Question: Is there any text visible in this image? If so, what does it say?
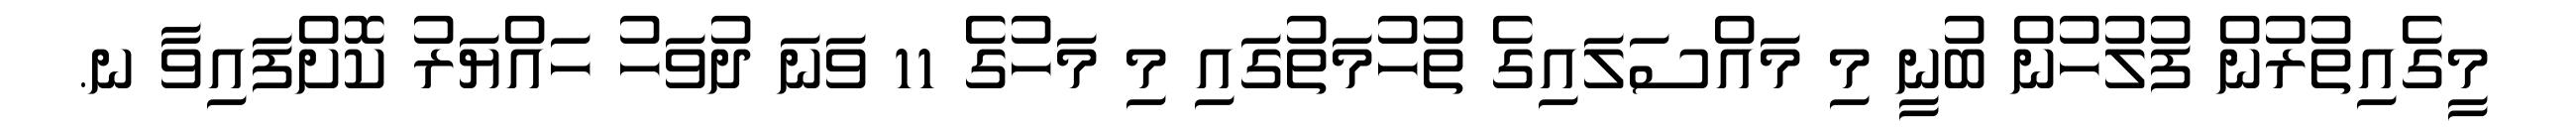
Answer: މީގެއިތުރުން ފުލުހުން ބުނީ މި މައްސަލައިގެ ތުހުމަތުގައި މި މަހުގެ 11 ވަނަ ދުވަހު ހައްޔަރު ކޮށްފައިވާ ނ.